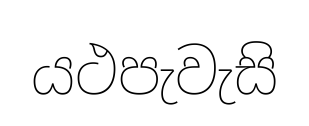
යථපැවැසි